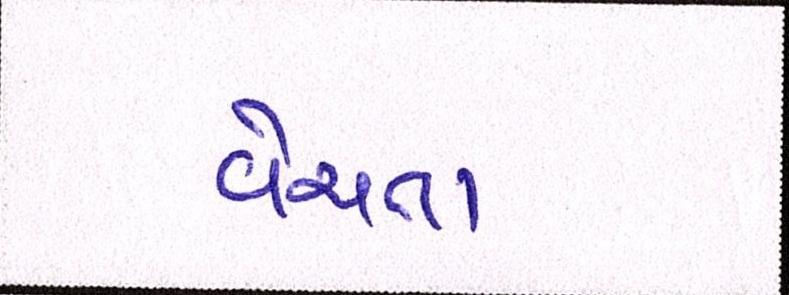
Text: વેચતા